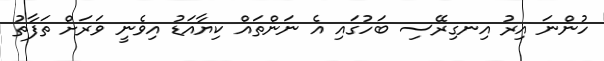
ހުންނަ އިރު އިނގިރޭސި ބަހުގައި އެ ނަންތައް ކިޔާއަޑު އިވެނީ ވަރަށް ތަފާތު